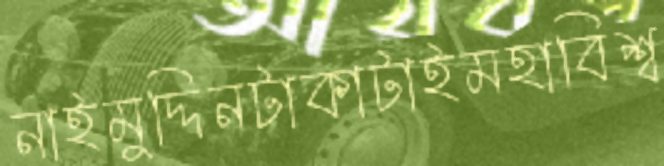
নাইমুদ্দিনটাকাটাইমহাবিশ্ব